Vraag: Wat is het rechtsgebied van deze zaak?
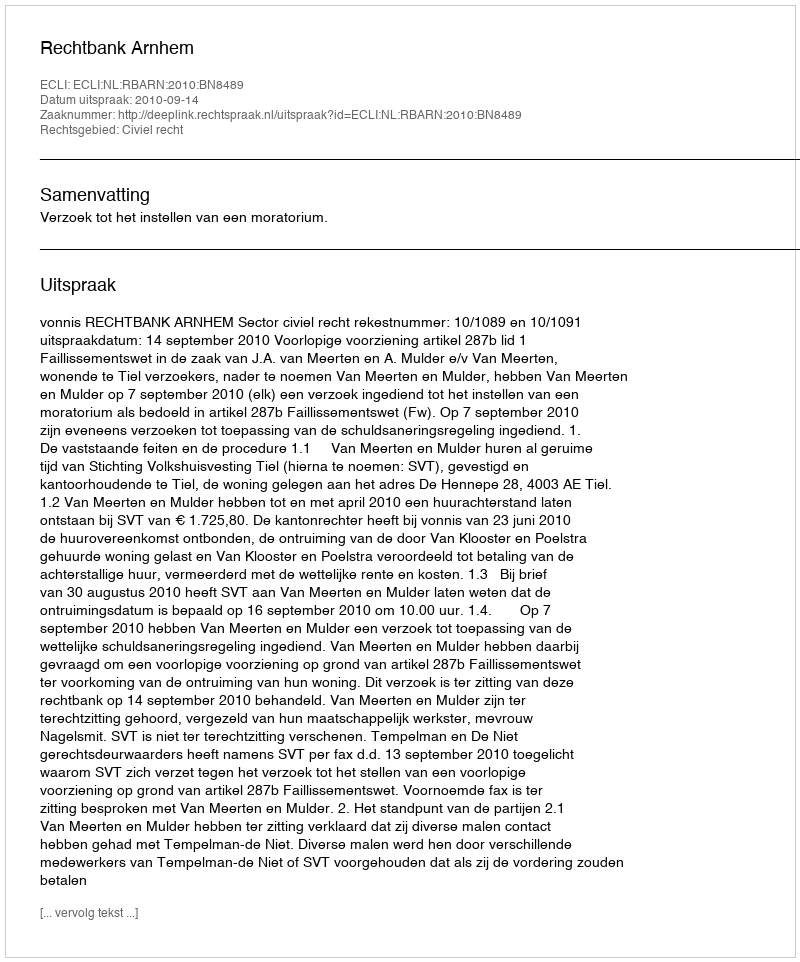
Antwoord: Civiel recht